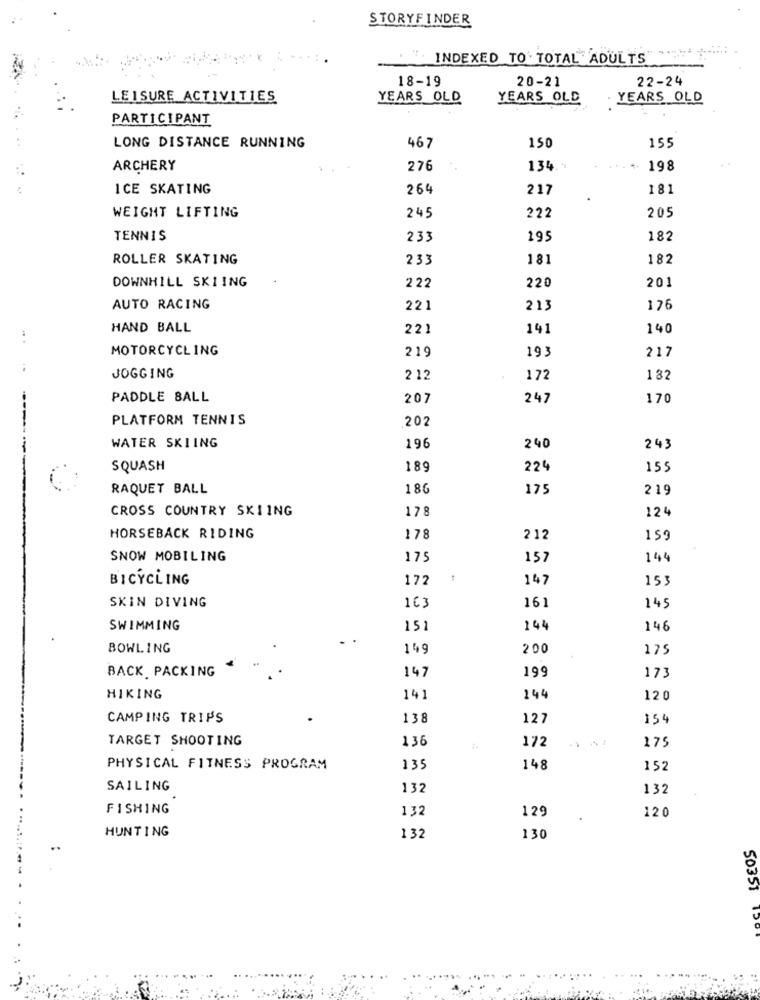
STORYFINDER
INDEXED TO TOTAL ADULTS
18-19
20-21
22-24
LEISURE ACTIVITIES
YEARS OLD
YEARS OLD
YEARS OLD
PARTICIPANT
150
LONG DISTANCE RUNNING
467
155
ARCHERY
276
134.1
+- 198
ICE SKATING
264
217
181
205
WEIGHT LIFTING
245
222
TENNIS
233
195
182
ROLLER SKATING
233
181
182
DOWNHILL SKIING
201
2 22
220
AUTO RACING
221
213
176
HAND BALL
221
141
140
MOTORCYCLING
219
193
217
..
JOGGING
2 12
172
182
PADDLE BALL
207
247
170
PLATFORM TENNIS
202
WATER SKIING
196
240
243
SQUASH
189
224
155
RAQUET BALL
186
175
219
CROSS COUNTRY SKIING
178
124
HORSEBACK RIDING
178
212
159
SNOW MOBILING
175
157
144
BICYCLING
172
147
153
SKIN DIVING
163
161
145
SWIMMING
151
144
146
BOWLING
149
200
175
BACK PACKING
147
199
173
HIKING
141
144
120
CAMPING TRIPS
138
127
154
TARGET SHOOTING
136
172
..
175
PHYSICAL FITNESS PROGRAM
135
148
152
SAILING
132
132
FISHING
132
129
120
HUNTING
132
130
50351